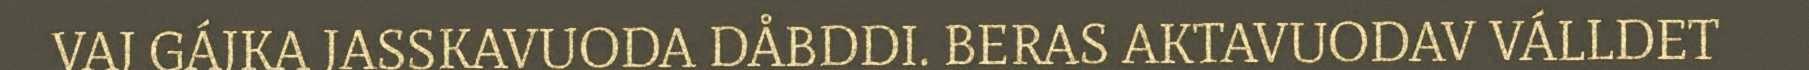
VAJ GÁJKA JASSKAVUODA DÅBDDI. BERAS AKTAVUODAV VÁLLDET